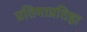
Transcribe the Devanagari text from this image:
प्रतिमाप्रतिष्ठा